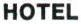
HOTEL